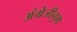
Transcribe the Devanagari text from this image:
अंग्रेजीनुमा